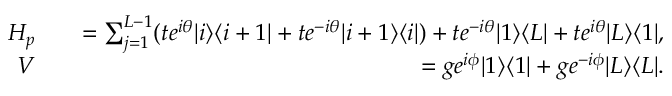
\begin{array} { r l r } { H _ { p } } & { } & { = \sum _ { j = 1 } ^ { L - 1 } ( t e ^ { i \theta } | i \rangle \langle i + 1 | + t e ^ { - i \theta } | i + 1 \rangle \langle i | ) + t e ^ { - i \theta } | 1 \rangle \langle L | + t e ^ { i \theta } | L \rangle \langle 1 | , } \\ { V } & { } & { = g e ^ { i \phi } | 1 \rangle \langle 1 | + g e ^ { - i \phi } | L \rangle \langle L | . } \end{array}